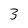
Character: 3